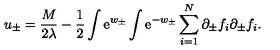
u _ { \pm } = { \frac { M } { 2 \lambda } } - { \frac { 1 } { 2 } } \int \mathrm { e } ^ { w _ { \pm } } \int \mathrm { e } ^ { - w _ { \pm } } \sum _ { i = 1 } ^ { N } \partial _ { \pm } f _ { i } \partial _ { \pm } f _ { i } .